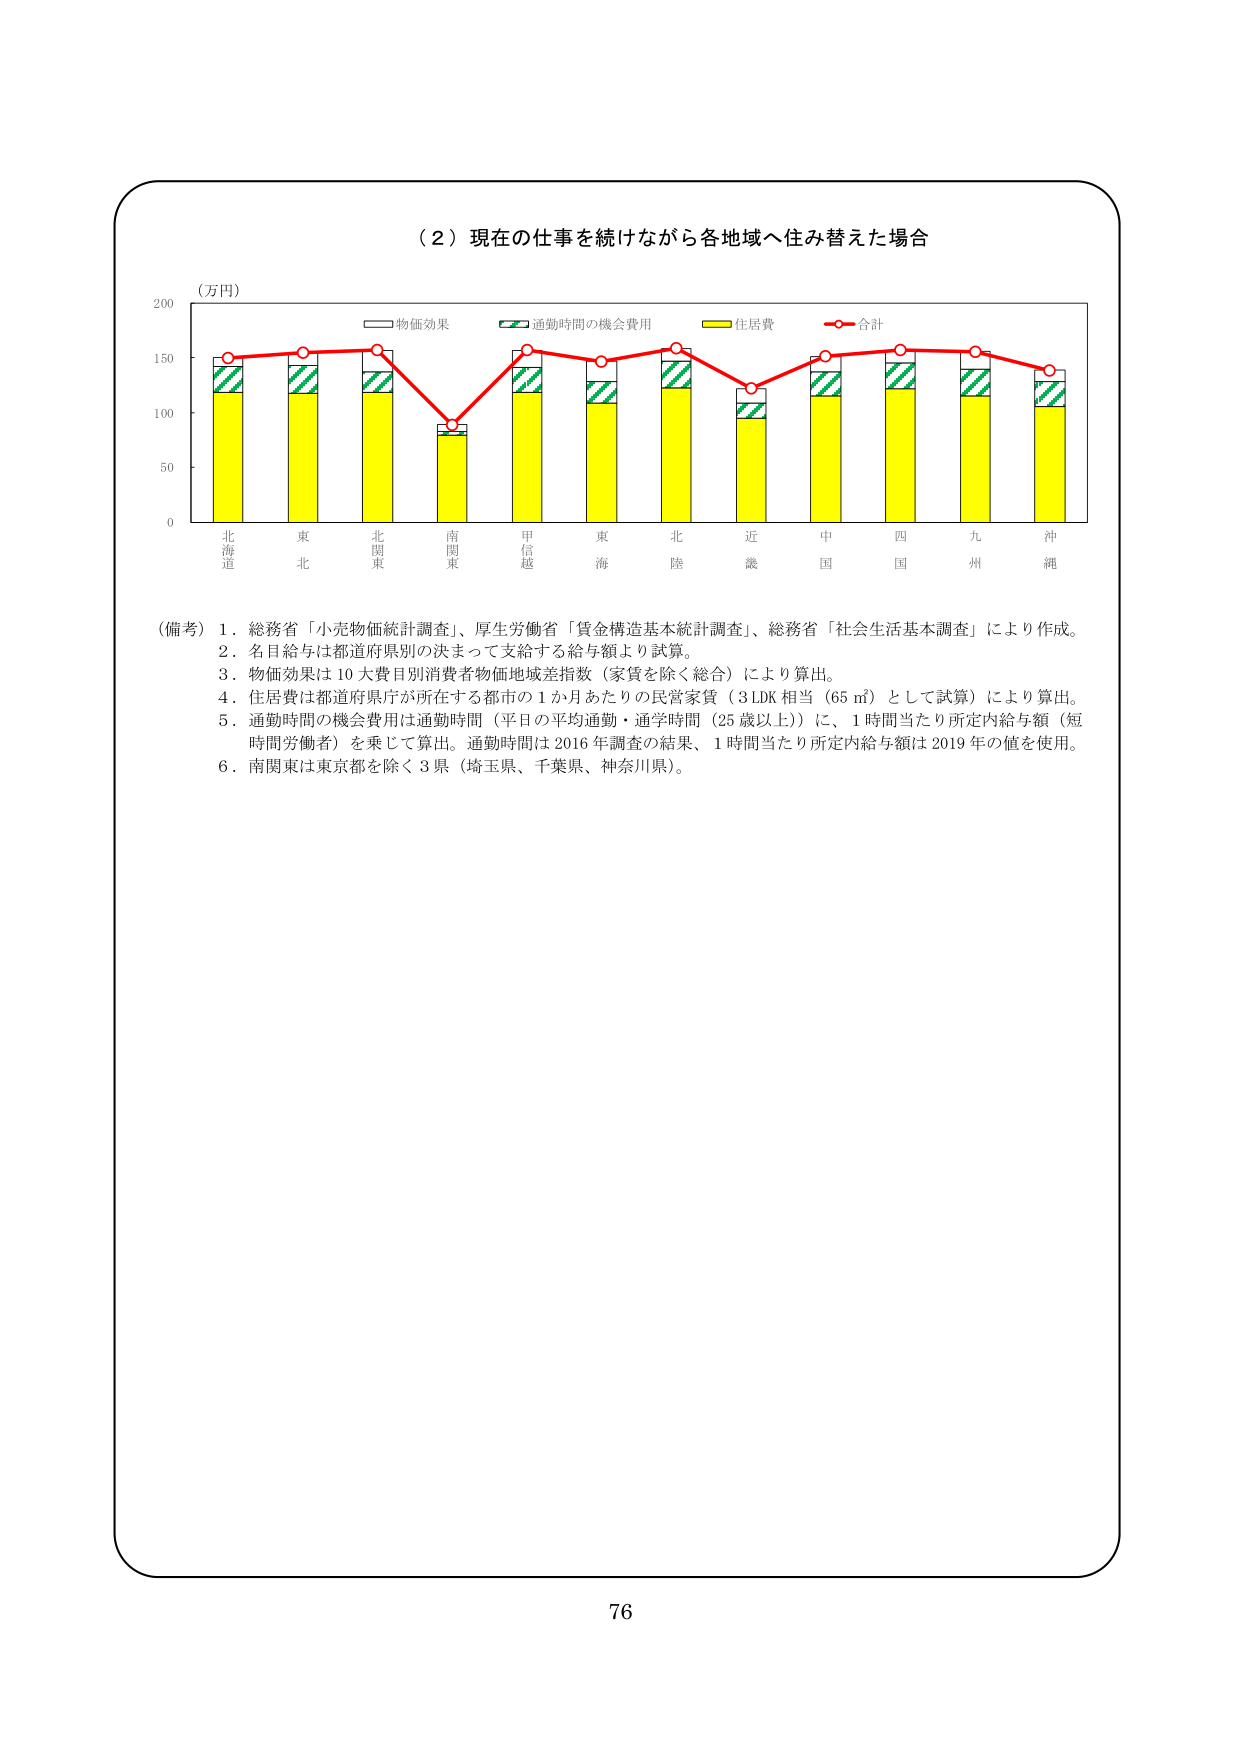
（２）現在の仕事を続けながら各地域へ住み替えた場合

（万円）

物価効果
通勤時間の機会費用
住居費
合計

北海道
東北
北関東
南関東
甲信越
東海
北陸
近畿
中国
四国
九州
沖縄

（備考）１．総務省「小売物価統計調査」、厚生労働省「賃金構造基本統計調査」、総務省「社会生活基本調査」により作成。
　　　２．名目給与は都道府県別の決まって支給する給与額より試算。
　　　３．物価効果は10大費目別消費者物価地域差指数（家賃を除く総合）により算出。
　　　４．住居費は都道府県庁が所在する都市の1か月あたりの民営家賃（3LDK相当（65㎡）として試算）により算出。
　　　５．通勤時間の機会費用は通勤時間（平日の平均通勤・通学時間（25歳以上））に、1時間当たり所定内給与額（短時間労働者）を乗じて算出。通勤時間は2016年調査の結果、1時間当たり所定内給与額は2019年の値を使用。
　　　６．南関東は東京都を除く3県（埼玉県、千葉県、神奈川県）。

76